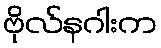
ဗိုလ်နဂါးက